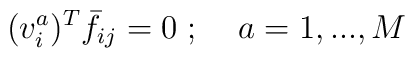
(v_i^a)^T \bar f_{ij} =0\; ; \;\;\;\; a=1,...,M